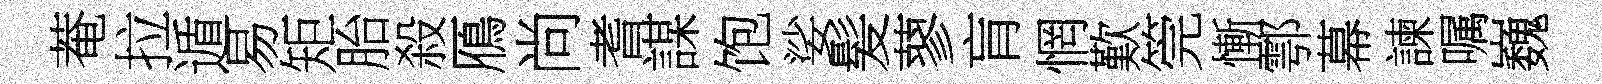
菴拉遁易矩胎殺鴈尚耆謀饱娑髪蓼肓惘歎筦慚鄠幕諫嘱巍